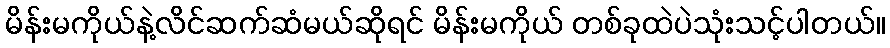
မိန်းမကိုယ်နဲ့လိင်ဆက်ဆံမယ်ဆိုရင် မိန်းမကိုယ် တစ်ခုထဲပဲသုံးသင့်ပါတယ်။